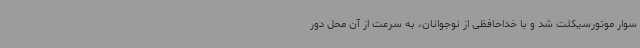
سوار موتورسیکلت شد و با خداحافظی از نوجوانان، به سرعت از آن محل دور